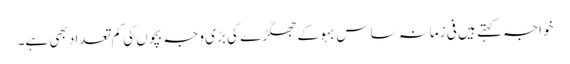
خواجہ کہتے ہیں فی زمانہ ساس بہو کے جھگڑے کی بڑی وجہ بچوں کی کم تعداد بھی ہے۔